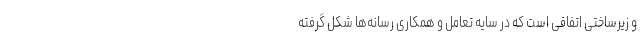
و زیرساختی اتفاقی است که در سایه تعامل و همکاری رسانه‌ها شکل گرفته